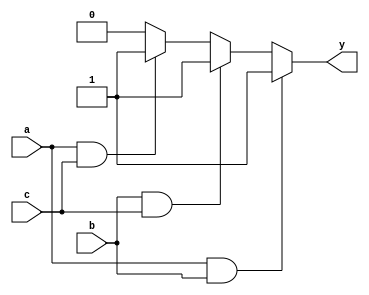
module combinational_logic (
    input wire a,          // First input
    input wire b,          // Second input
    input wire c,          // Third input
    output reg y          // Output
);

// Always block with sensitivity list for inputs a, b, and c
always @(a or b or c) begin
    // Continuous assignment using blocking assignment
    if (a && b) begin
        y = 1;            // If both a and b are high, set y to 1
    end else if (b && c) begin
        y = 1;            // If both b and c are high, set y to 1
    end else if (a && c) begin
        y = 1;            // If both a and c are high, set y to 1
    end else begin
        y = 0;            // Otherwise, set y to 0
    end
end

endmodule